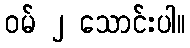
ဝမ် ၂ သောင်းပါ။